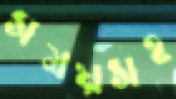
সময়সহ